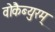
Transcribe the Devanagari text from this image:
वोकैब्युरम्